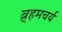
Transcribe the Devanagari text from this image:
ब्र्हमचर्य